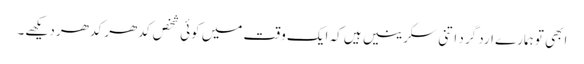
ابھی تو ہمارے ارد گرد اتنی سکرینیں ہیں کہ ایک وقت میں کوئی شخص کدھر کدھر دیکھے۔